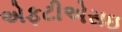
એફટીએસઇ